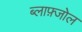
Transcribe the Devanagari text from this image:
ब्लाफ़्जोल